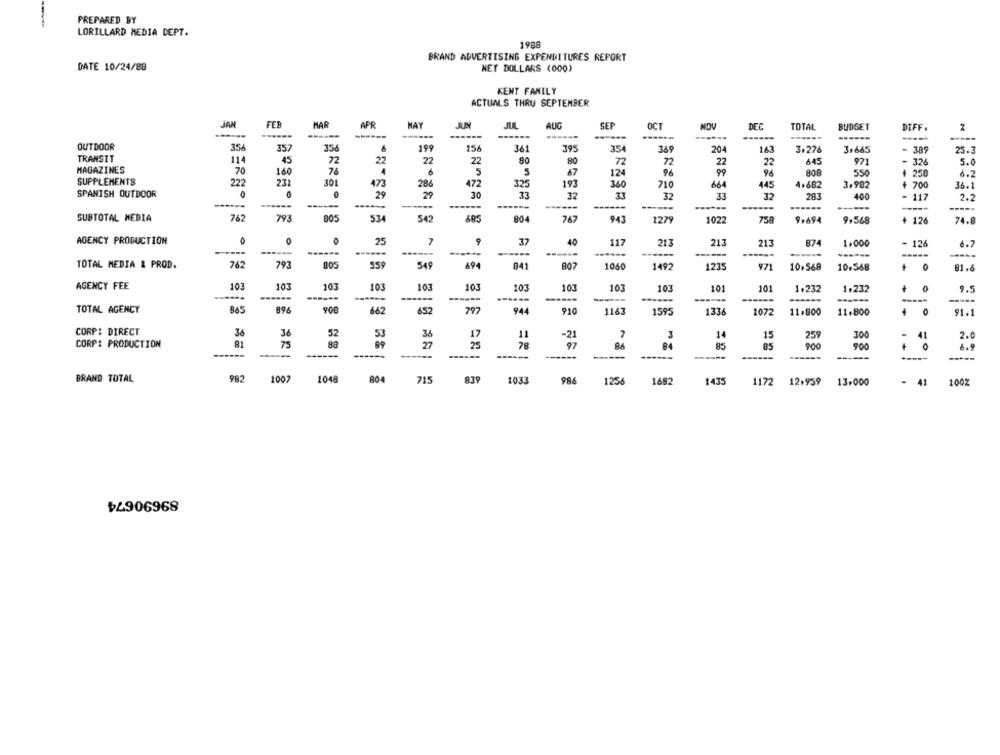
PREPARED BY
LORILLARD MEDIA DEPT.
1988
BRAND ADVERTISING EXPENDITURES REPORT
DATE 10/24/88
NET DOLLARS (000)
KENT FAMILY
ACTUALS THRU SEPTEMBER
JAN
FER
MAR
APR
MAY
AUG
SEP
NOV
DEC
TOTAL
BUDGET
DIFF
----
------
------
------
-----
------
----
OUTDOOR
356
357
15
199
154
36
39
354
369
204
163
3.276
3.665
389
25.3
TRANSET
114
45
22
90
80
72
22
72
72
22
22
645
971
326
5.0
MAGAZINES
70
160
76
4
6
5
5
67
124
96
99
96
808
550
1
250
6.2
SUPPLEMENTS
227
231
301
473
286
472
325
197
360
710
664
445
4.682
3,902
700
36.1
SPANISH OUTDOOR
0
29
29
30
33
32
33
32
33
32
283
400
= 117
2.2
------
------
------
------
------
-----
-----
SUBTOTAL MEDIA
762
793
80
53
542
685
804
943
2279
1022
758
9.694
9,568
+ 126
74.8
AGENCY PRODUCTION
25
7
37
40
117
213
213
874
1.000
- 126
6.7
------
------
------
------
TOTAL MEDIA & PROD.
762
793
559
494
549
841
BO7
1050
1492
1235
971
10,568
10,548
81.6
AGENCY FEE
103
103
103
103
101
103
103
103
103
10
101
101
1.232
1,232
0
9.5
------
----
-
TOTAL AGENCY
865
896
662
652
797
0
944
910
1163
1595
1336
1072
11.800
11.800
91.1
CORP: DIRECT
36
36
36
11
7
52
17
-21
3
14
15
259
300
41
2.0
CORP: PRODUCTION
75
88
27
25
78
97
84
85
85
900
900
:
6.9
------
------
-----
------
-----
------
BRAND TOTAL
982
1007
1048
804
715
839
1033
986
1256
1682
1435
1172
12.959
13,000
= 41
100%
89690674